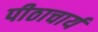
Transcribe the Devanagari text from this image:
पीठाचार्य